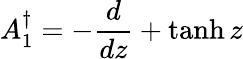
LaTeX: A_{1}^{\dagger}=-{\frac{d}{dz}}+\operatorname{tanh}z